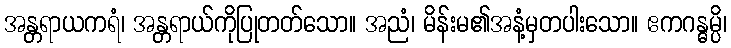
အန္တရာယကရံ၊ အန္တရာယ်ကိုပြုတတ်သော။ အညံ၊ မိန်းမ၏အနံ့မှတပါးသော။ ဧကဂန္ဓမ္ပိ၊